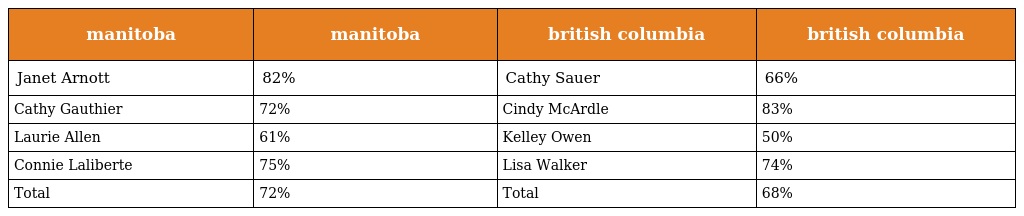
| manitoba | manitoba | british columbia | british columbia |
 | --- | --- | --- | --- |
 | Janet Arnott | 82% | Cathy Sauer | 66% |
 | Cathy Gauthier | 72% | Cindy McArdle | 83% |
 | Laurie Allen | 61% | Kelley Owen | 50% |
 | Connie Laliberte | 75% | Lisa Walker | 74% |
 | Total | 72% | Total | 68% |